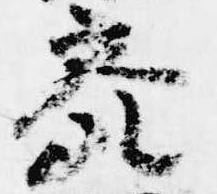
参